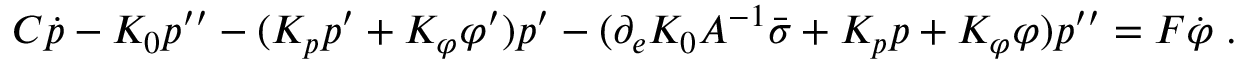
C \dot { p } - K _ { 0 } p ^ { \prime \prime } - ( K _ { p } p ^ { \prime } + K _ { \varphi } \varphi ^ { \prime } ) p ^ { \prime } - ( \partial _ { e } K _ { 0 } A ^ { - 1 } \bar { \sigma } + K _ { p } p + K _ { \varphi } \varphi ) p ^ { \prime \prime } = F \dot { \varphi } \; .